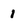
Character: 1